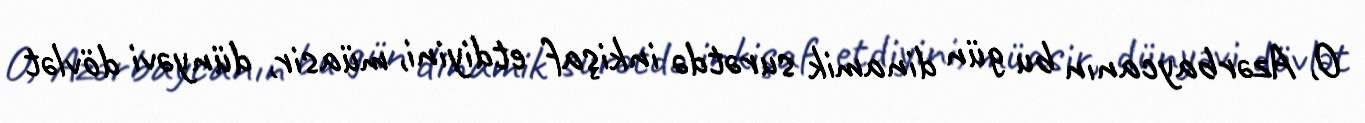
O, Azərbaycanın bu gün dinamik surətdə inkişaf etdiyini, müasir, dünyəvi dövlət